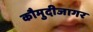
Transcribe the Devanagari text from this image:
कौमुदीजागर